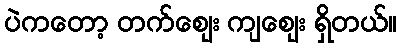
ပဲကတော့ တက်ဈေး ကျဈေး ရှိတယ်။